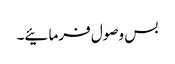
بس وصول فرمائیے۔